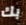
بك